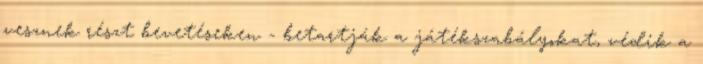
vesznek részt bevetéseken - betartják a játékszabályokat, védik a